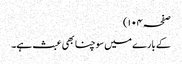
صفحہ ۱۰۴)
کے بارے میں سوچنا بھی عبث ہے۔